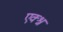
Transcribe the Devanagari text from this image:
एक्श्न